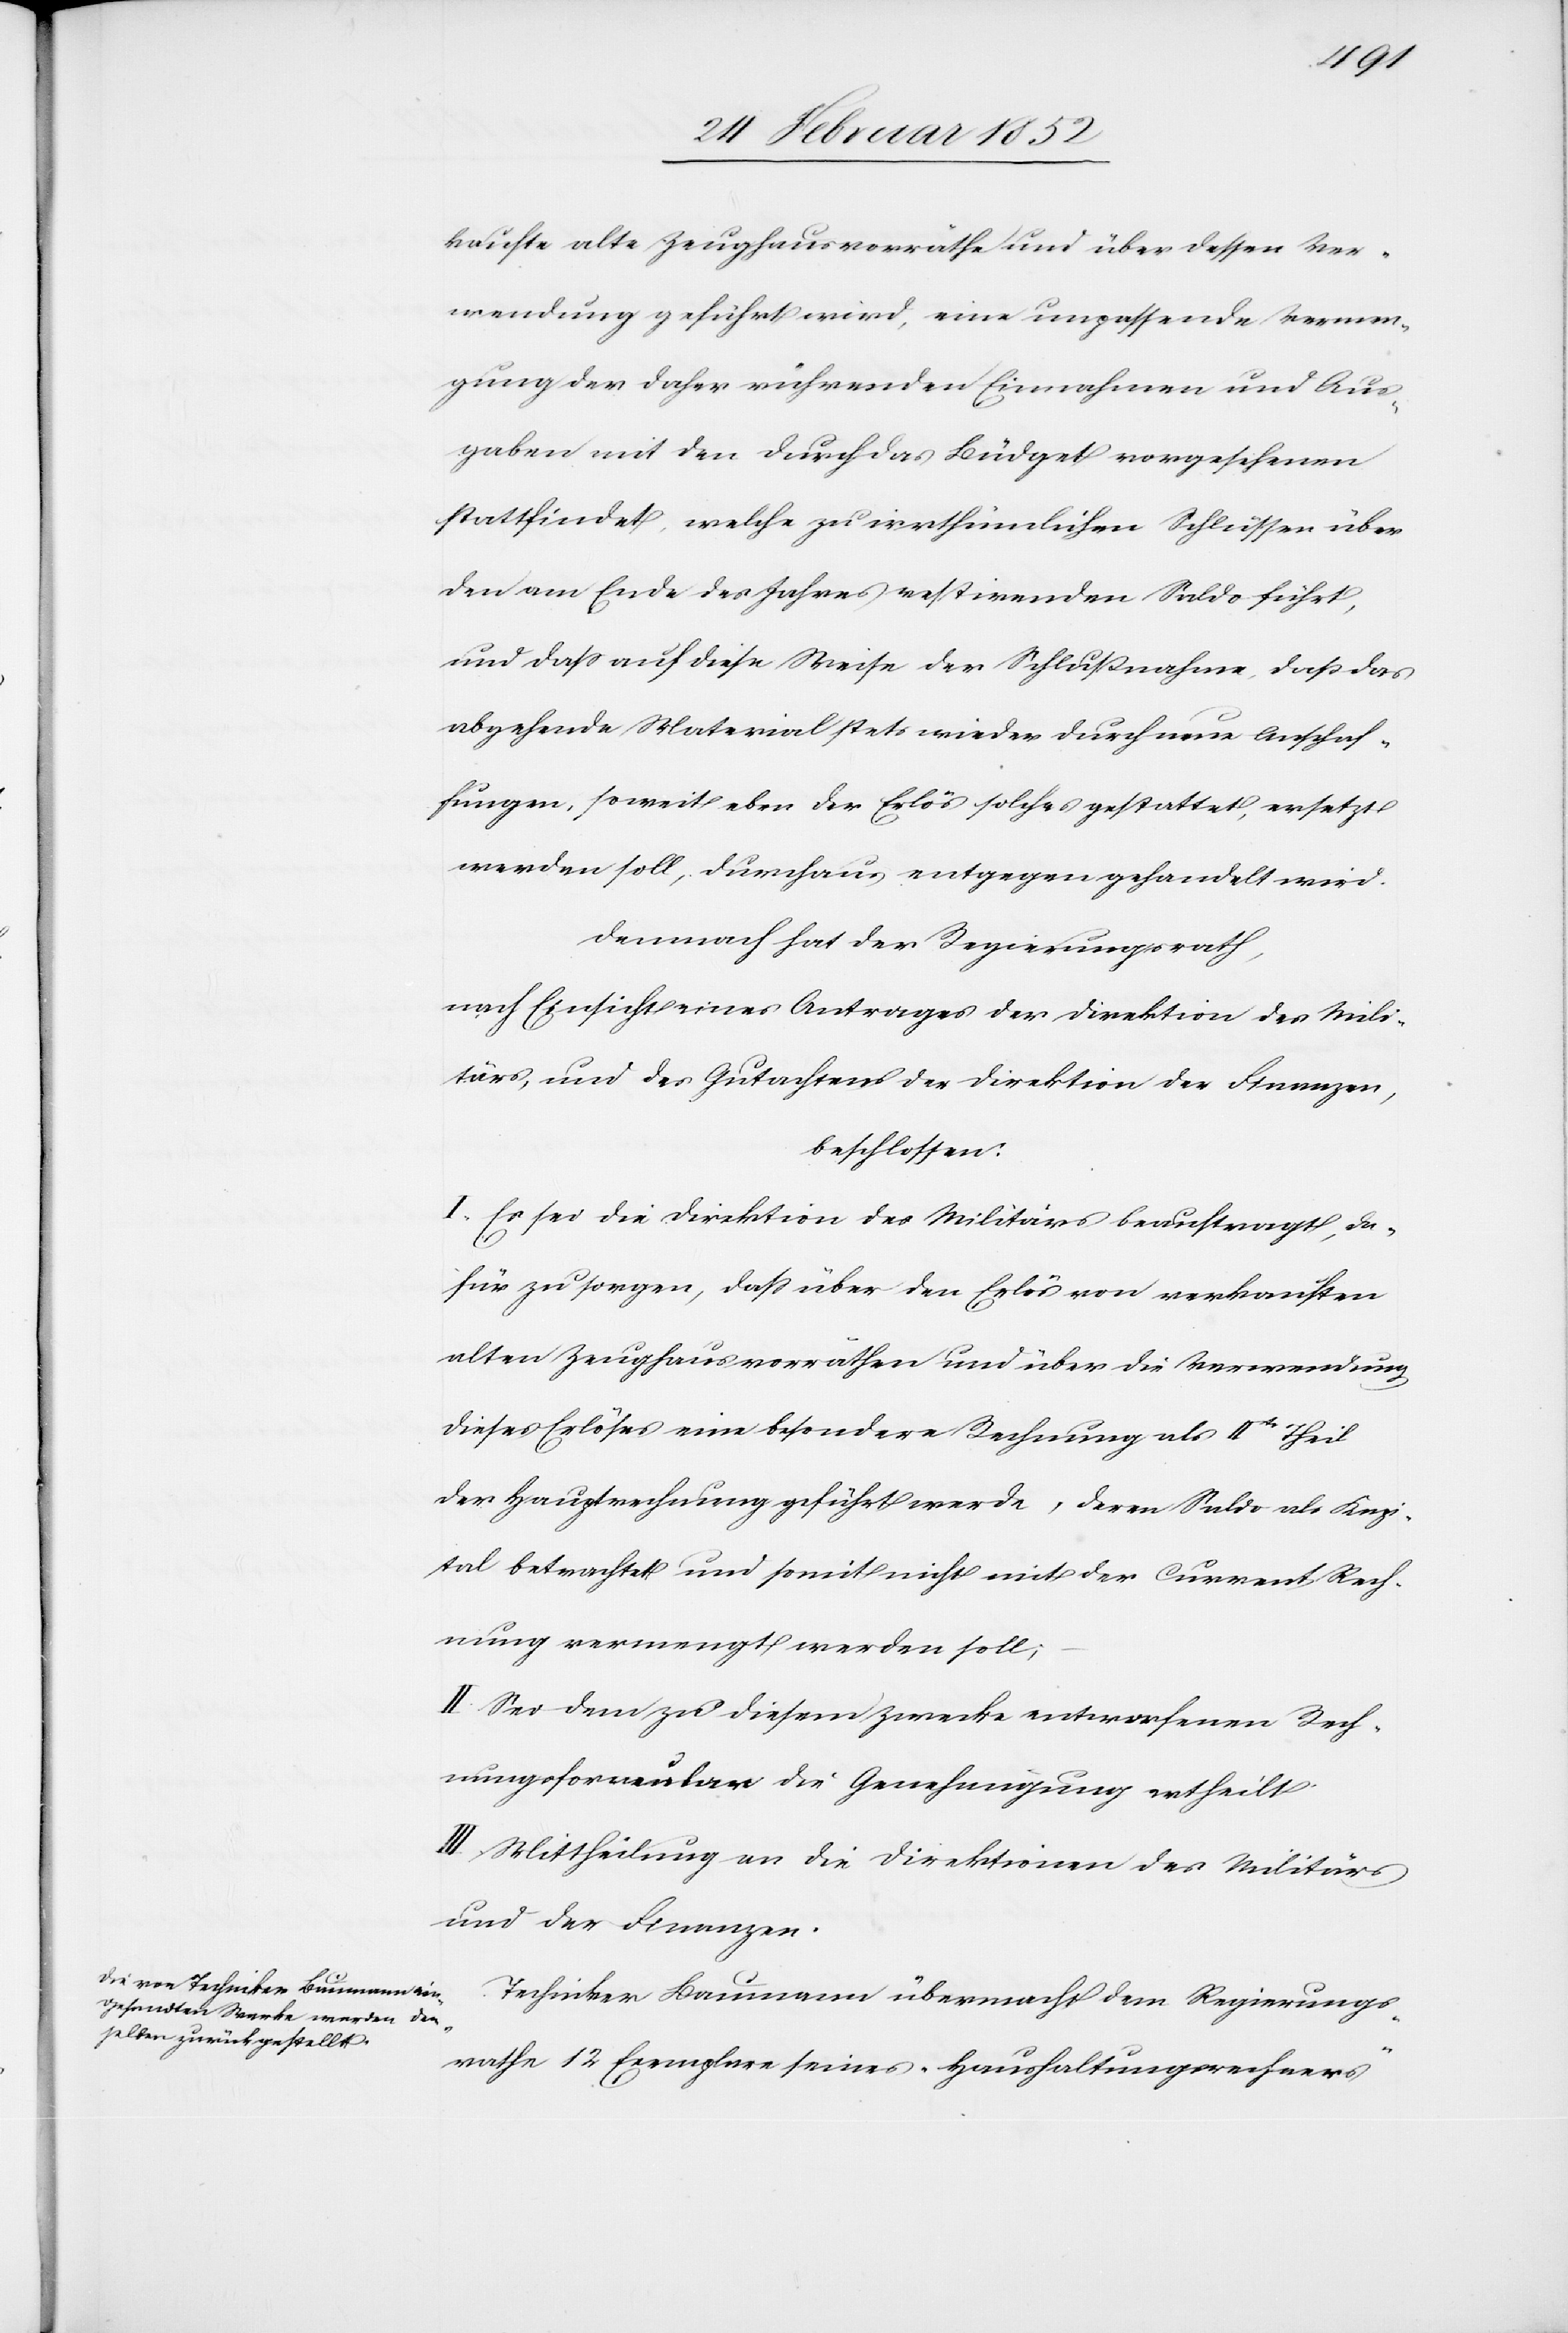
kaufte alte Zeughausvorräthe und über dessen Ver¬
wendung geführt wird, eine unpassende Verwen¬
dung der daher rührenden Einnahmen und Aus¬
gaben mit den durch das Büdget vorgesehenen
stattfindet, welche zu irrthümlichen Schlüssen über
den am Ende des Jahres restirenden Saldo führt,
und daß auf diese Weise der Schlußnahme, daß das
abgehende Material stets wieder durch neue Anschaf¬
fungen, soweit der Erlös solches gestattet, ersetzt
werden soll, durchaus entgegengehandelt wird.
Demnach hat der Regierungsrath,
nach Einsicht eines Antrages der Direktion des Mili¬
tärs, und des Gutachtens der Direktion der Finanzen,
beschlossen:
I. Es sei die Direktion des Militärs beauftragt, da¬
für zu sorgen, daß über den Erlös von verkauften
alten Zeughausvorräthen und über die Verwendung
dieses Erlöses eine besondere Rechnung als 4tr Theil
der Hauptrechnung geführt werde, deren Saldo als Kapi¬
tal betrachtet und somit nicht mit der Current-Rech¬
nung vermengt werden solle;
II. Sei dem zu diesem Zwecke entworfenen Rech¬
nungsformular die Genehmigung ertheilt.
III. Mittheilungen an die Direktionen des Militärs
und der Finanzen.
Techniker Baumann übermacht dem Regierungs¬
rathe 12 Exemplare seines Haushaltungswesens